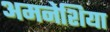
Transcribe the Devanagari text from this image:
अमनेशिया